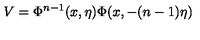
V = \Phi ^ { n - 1 } ( x , \eta ) \Phi ( x , - ( n - 1 ) \eta )